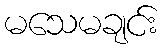
မသေမချင်း